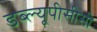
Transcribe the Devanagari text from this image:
डब्ल्यूपीसीसी